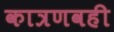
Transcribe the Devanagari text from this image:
कात्रणवही